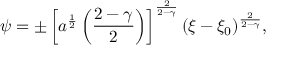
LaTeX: \psi = \pm \left[ a ^ { \frac { 1 } { 2 } } \left( { \frac { 2 - \gamma } { 2 } } \right) \right] ^ { \frac { 2 } { 2 - \gamma } } ( \xi - \xi _ { 0 } ) ^ { \frac { 2 } { 2 - \gamma } } ,